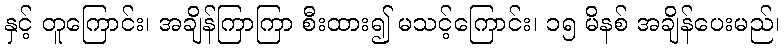
နှင့် တူကြောင်း၊ အချိန်ကြာကြာ စီးထား၍ မသင့်ကြောင်း၊ ၁၅ မိနစ် အချိန်ပေးမည်၊